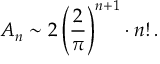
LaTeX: A _ { n } \sim 2 \left( { \frac { 2 } { \pi } } \right) ^ { n + 1 } \cdot n ! \, .